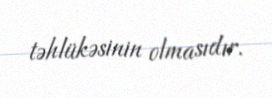
təhlükəsinin olmasıdır.